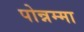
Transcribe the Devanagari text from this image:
पोन्नम्मा